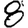
Digit: 8